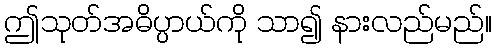
ဤသုတ်အဓိပ္ပာယ်ကို သာ၍ နားလည်မည်။